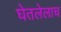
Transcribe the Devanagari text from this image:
घेतलेलाच